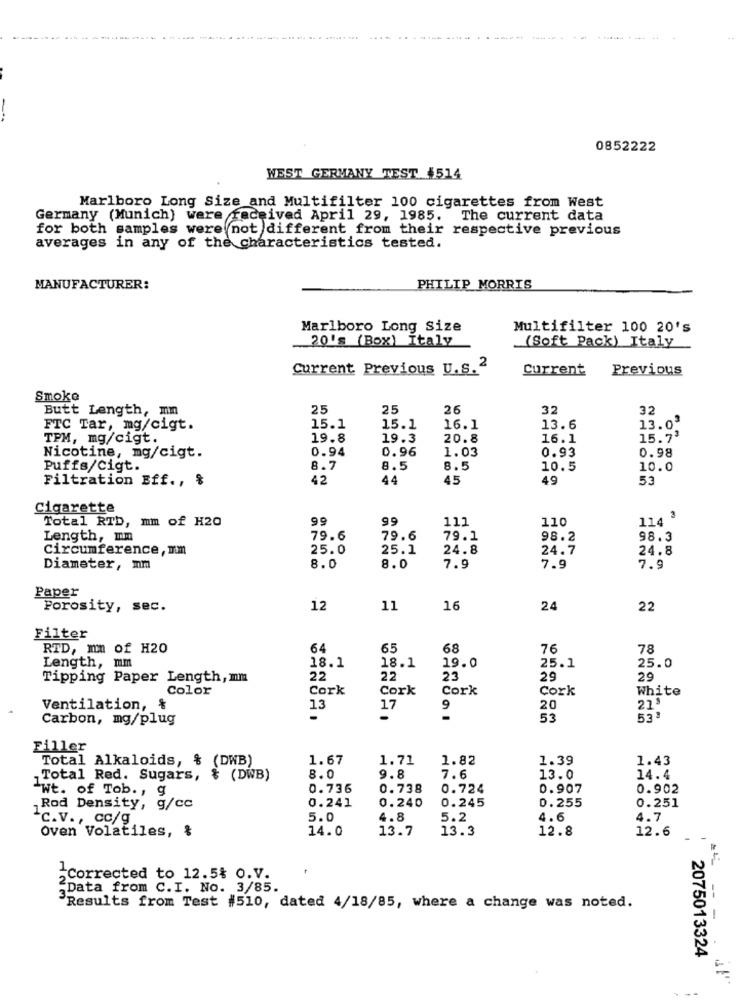
0852222
WEST GERMANY TEST 4514
Marlboro Long Size and Multifilter 100 cigarettes from West
Germany (Munich) were received April 29, 1985. The current data
for both samples were not different from their respective previous
averages in any of the characteristics tested.
MANUFACTURER:
PHILIP MORRIS
Marlboro Long Size
Multifilter 100 20's
20's (Box) Italy
(Soft Pack) Italy
Current Previous U.s.2
Current
Previous
Smoke
Butt Length, mm
25
25
26
32
32
FTC Tar, mg/cigt.
15.1
15.1
16.1
13.6
13.0
TPM, mg/cigt.
19.8
19.3
20.8
16.1
15.73
0.94
0.96
1.03
0.93
0.98
Nicotine, mg/cigt.
Puffs/Cigt.
8.7
8.5
8.5
10.5
10.0
Filtration Eff ., $
42
44
45
49
53
Cigarette
Total RTb, mm of H20
99
99
111
110
114 3
Length, mm
79.6
79.6
79.1
98.2
98.3
Circumference, mm
25.0
25.1
24.8
24.7
24.8
Diameter, mm
8.0
8.0
7.9
7.9
7.9
Paper
Porosity, sec.
12
11
16
24
22
Filter
RTD, mm of H20
64
65
68
76
78
18.1
25.0
Length, mm
18.1
19.0
25.1
Tipping Paper Length, mm
22
22
23
29
29
Color
Cork
Cork
Cork
Cork
White
223
Ventilation, &
13
17
9
20
Carbon, mg/plug
-
-
53
533
Filler
Total Alkaloids, & (DWB)
1.67
1.71
1.82
1.39
1.43
Total Red. Sugars, $ (DWB)
8.0
9.8
7.6
13.0
14.4
"wt. of Tob ., g
0.736
0.738
0.724
0.907
0.902
0.241
0.240
0.245
0.255
0.251
Rod Density, g/cc
-c.v ., co/g
5.0
4.8
5.2
4.6
4.7
Oven Volatiles, %
14.0
13.7
13.3
12.8
12.6
>Corrected to 12.5% O.V.
Data from C.I. No. 3/85.
Results from Test #510, dated 4/18/85, where a change was noted.
-- -
2075013324